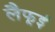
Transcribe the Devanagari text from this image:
लैफूई